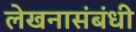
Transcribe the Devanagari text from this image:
लेखनासंबंधी